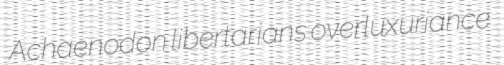
Achaenodon libertarians overluxuriance